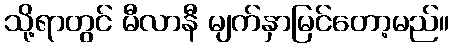
သို့ရာတွင် မီလာနီ မျက်နှာမြင်တော့မည်။